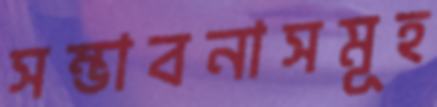
সম্ভাবনাসমূহ